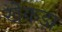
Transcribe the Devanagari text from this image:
खेकड़ा